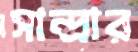
সান্দ্রার